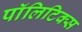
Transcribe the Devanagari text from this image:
पाॅलिटिक्स